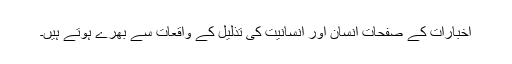
اخبارات کے صفحات انسان اور انسانیت کی تذلیل کے واقعات سے بھرے ہوتے ہیں۔